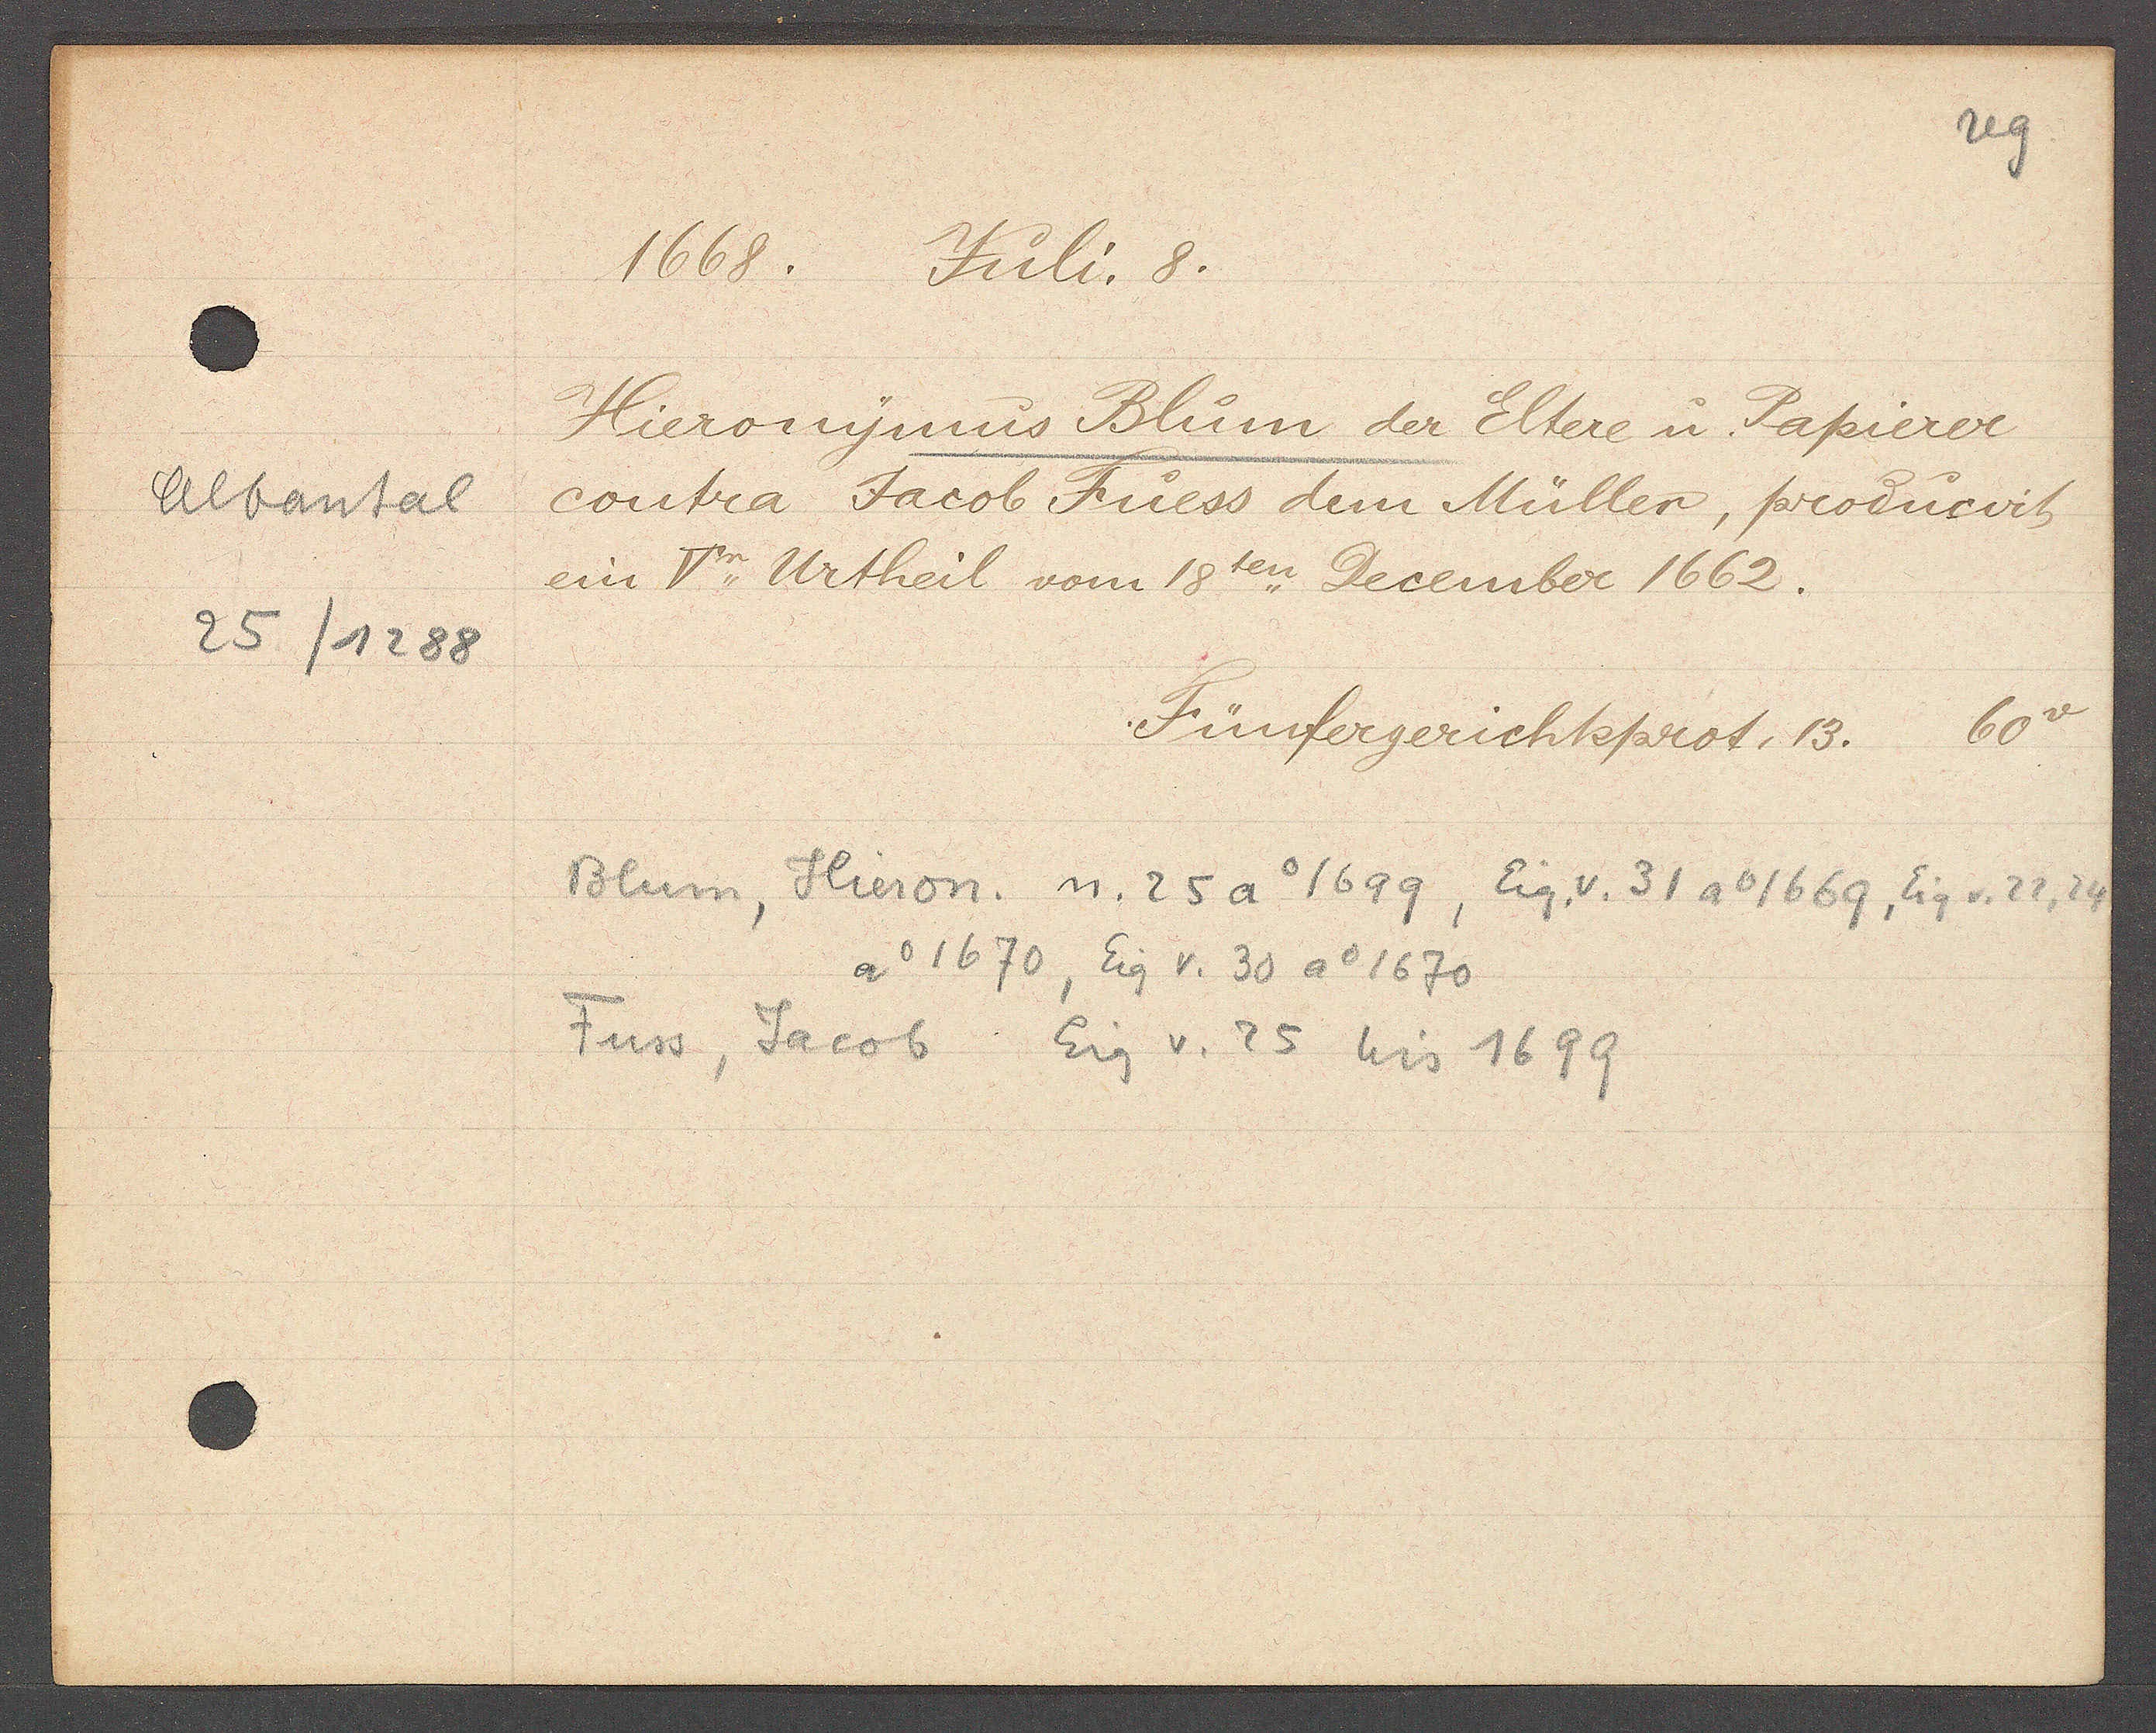
Transcript:
Albantal
25/1288

1668. Juli. 8.

Hieronymus Blum der Eltere u. Papierer
contra Jacob Fuess dem Müller, producirt
ein Vr. Urtheil vom 18ten December 1662.

Fünfergerichtsprot. 13. 60v

Blum, Hieron. n. 25 Ao 1699, Eig. v. 31 ao 1669, Eig v. 22, 24
ao 1670, Eig v. 30 ao 1670
Fuss, Jacob Eig v. 25 bis 1699